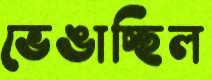
ভেঙাচ্ছিল